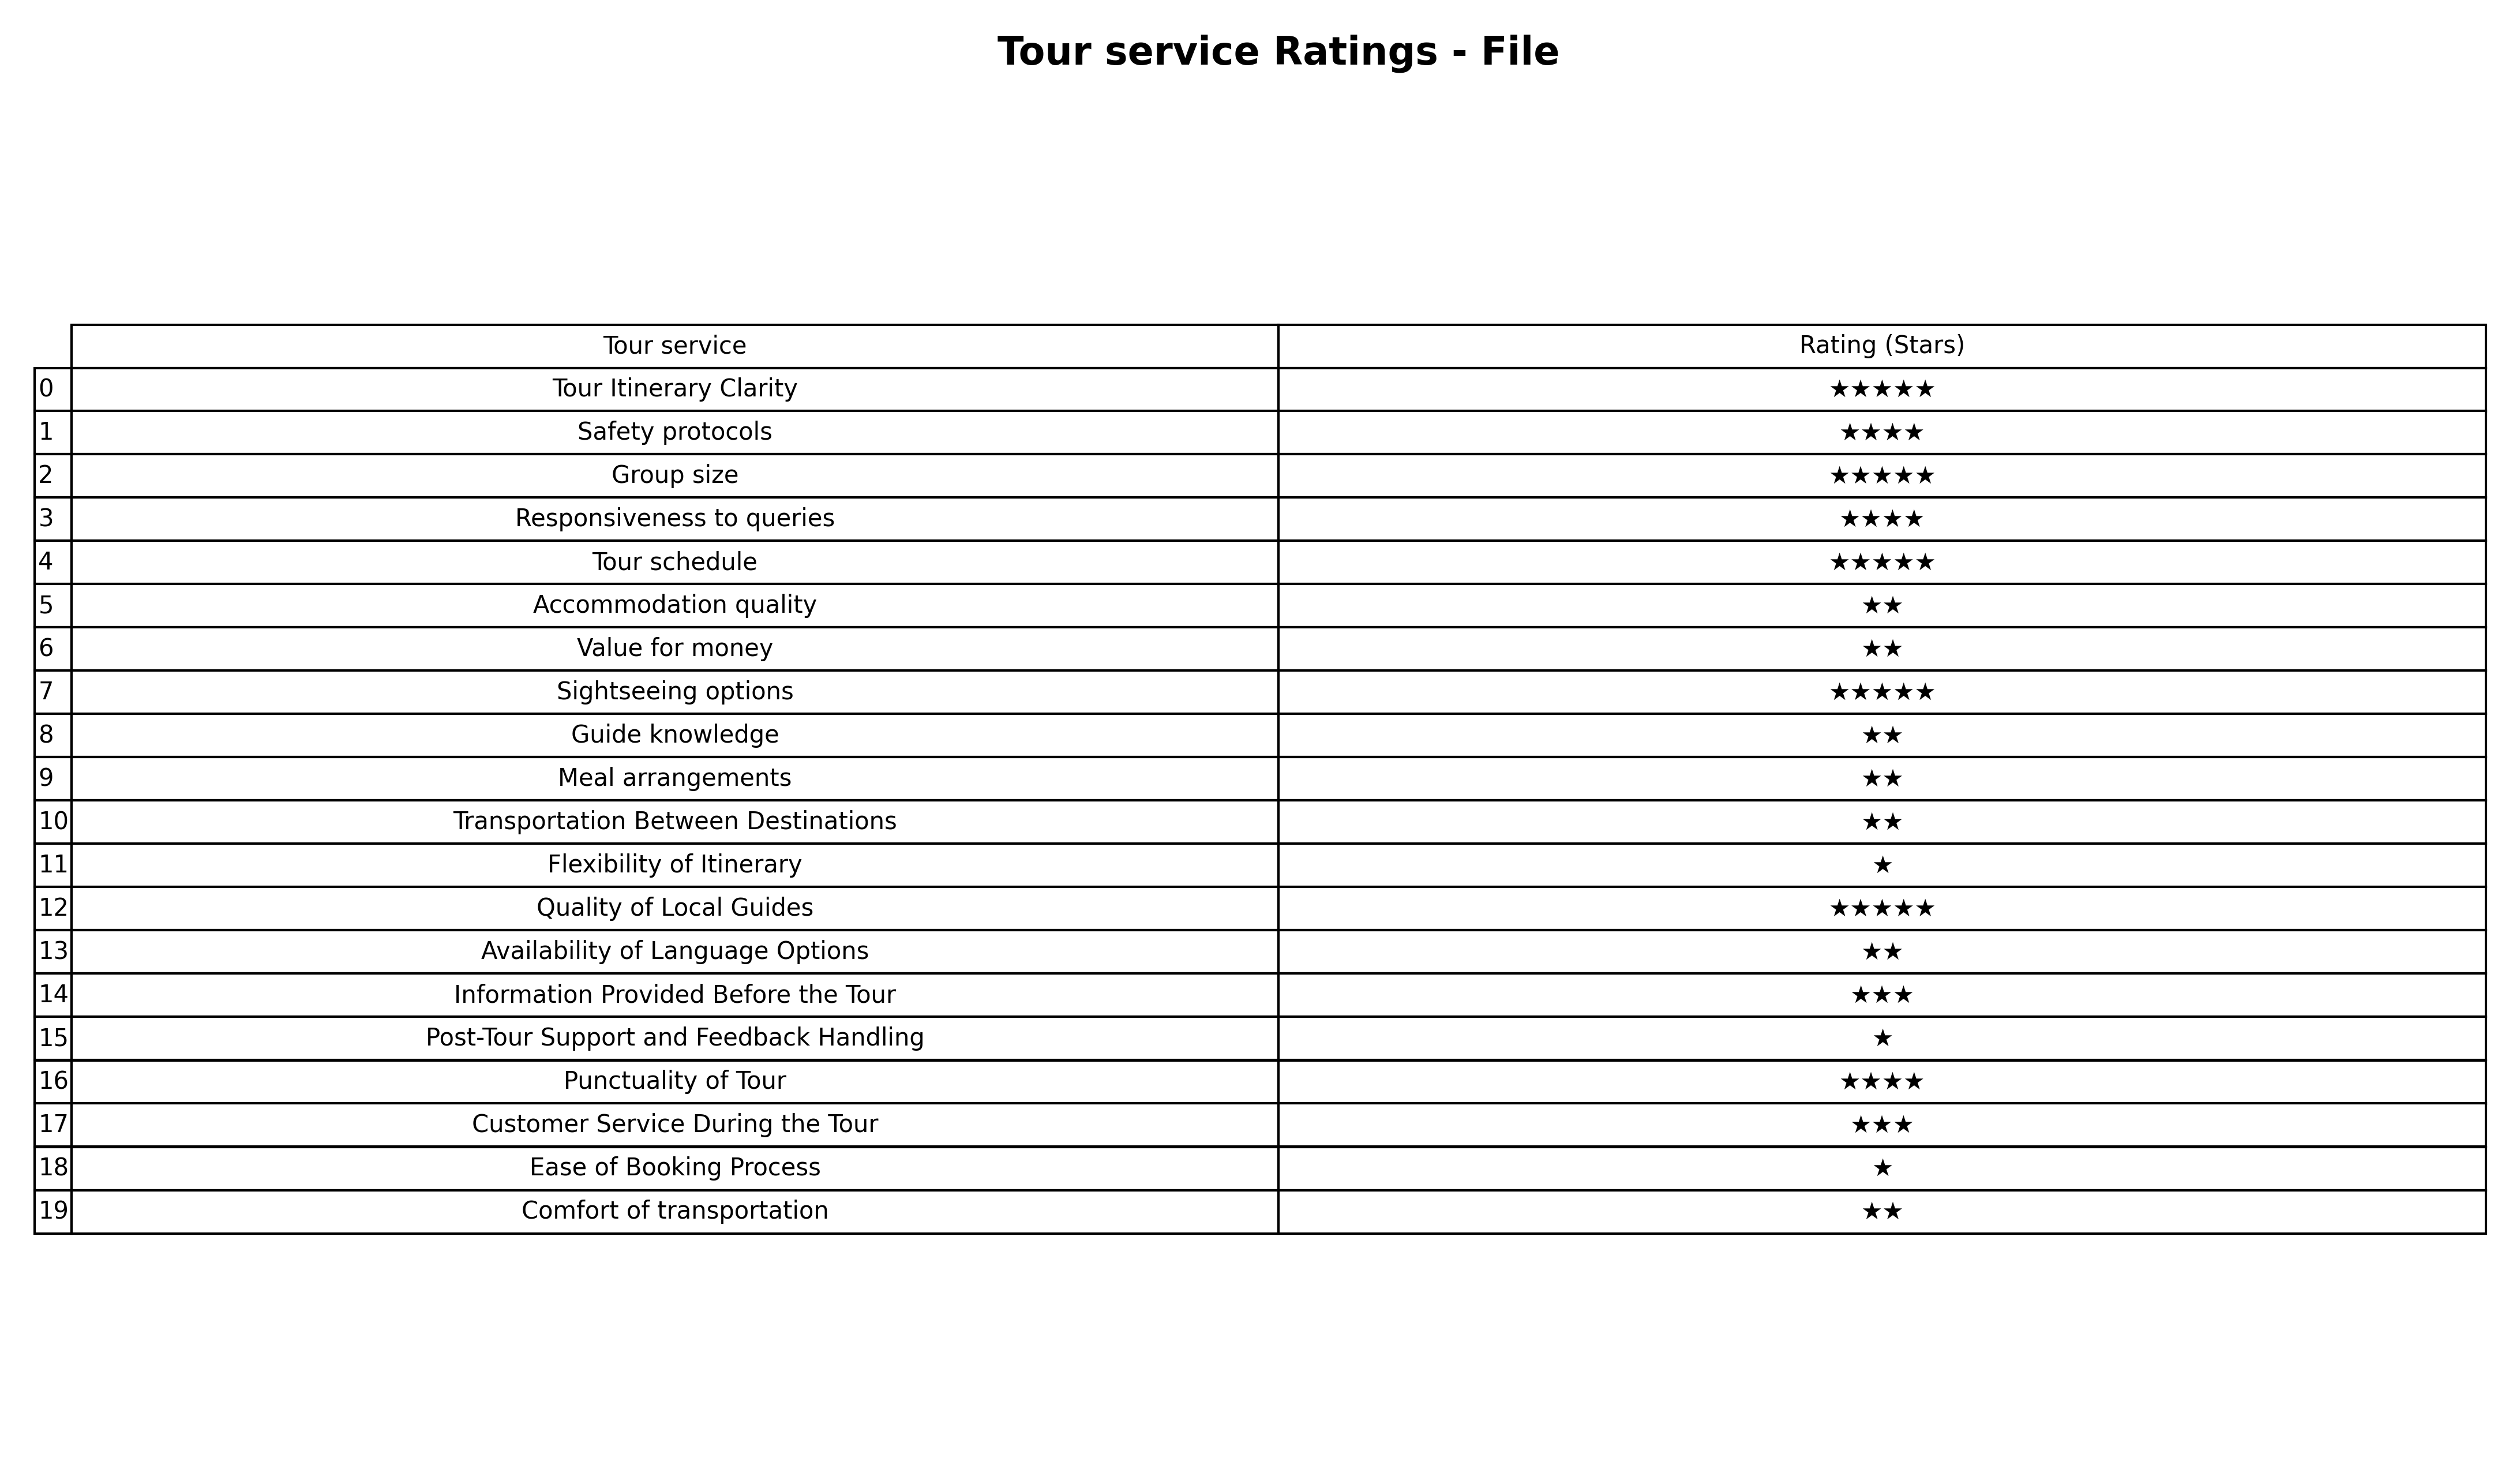
question: What is the rating of Value for money?
answer: ★★